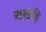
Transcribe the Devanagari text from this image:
सरडेहि